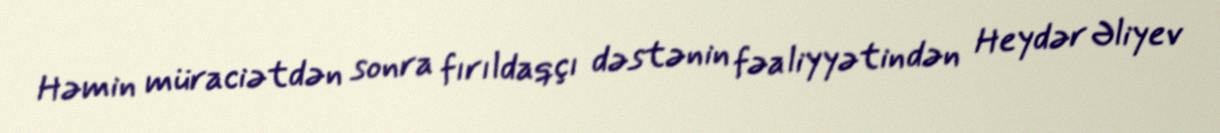
Həmin müraciətdən sonra fırıldaqçı dəstənin fəaliyyətindən Heydər Əliyev